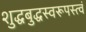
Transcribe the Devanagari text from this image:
शुद्धबुद्धस्वरूपस्त्वं